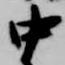
中